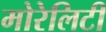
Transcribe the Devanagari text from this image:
मोरेलिटी